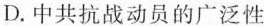
D.中共抗战动员的广泛性